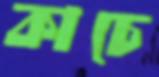
কাচে